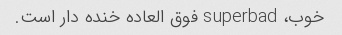
خوب، superbad فوق العاده خنده دار است.